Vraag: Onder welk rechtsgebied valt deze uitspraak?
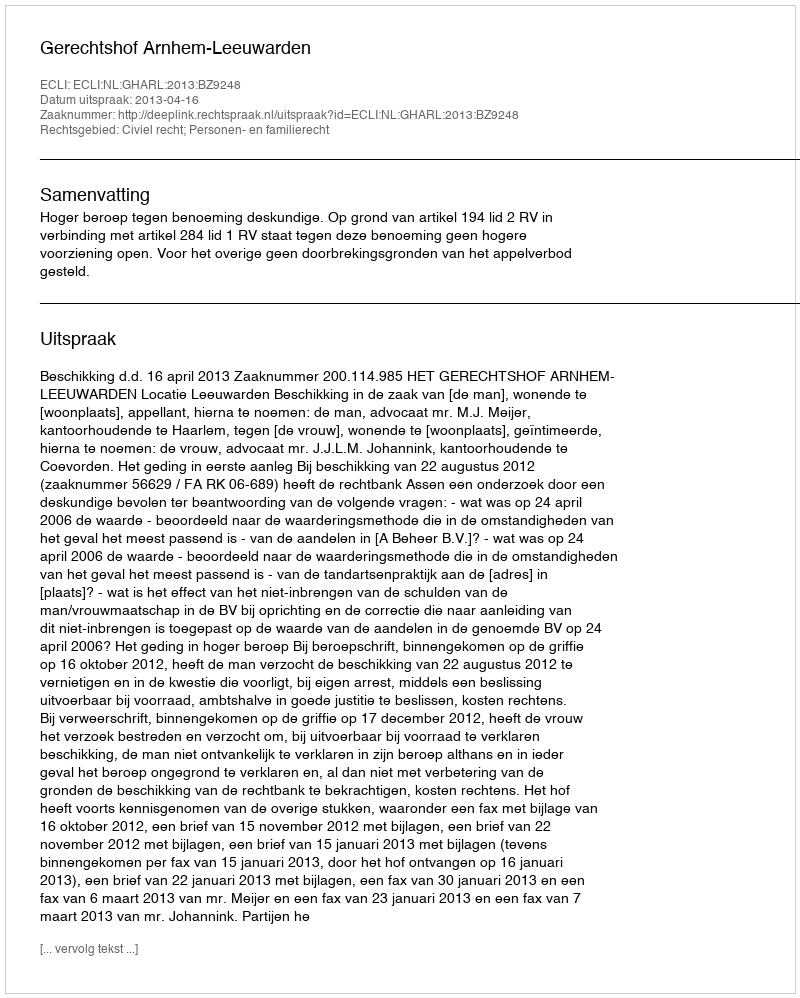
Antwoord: Civiel recht; Personen- en familierecht